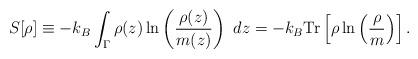
LaTeX: \begin{align*}S[\rho] \equiv -k_B \int_{\Gamma}\rho(z)\ln\left(\frac{\rho(z)}{m(z)}\right)\ dz = -k_B \mathrm{Tr}\left[\rho \ln\left(\frac{\rho}{m}\right)\right].\end{align*}